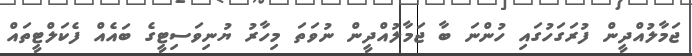
ޖަމާލުއްދީން ފުރަގަހުގައި ހުންނަ ބާ ޖަމާލުއްދީން ނުވަތަ މިހާރު ޔުނިވަސިޓީގެ ބައެއް ފެކަލްޓީތައް